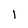
Character: l